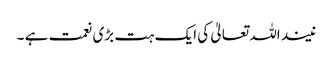
نیند اللہ تعالیٰ کی ایک ہت بڑی نعمت ہے ۔